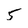
Character: 5